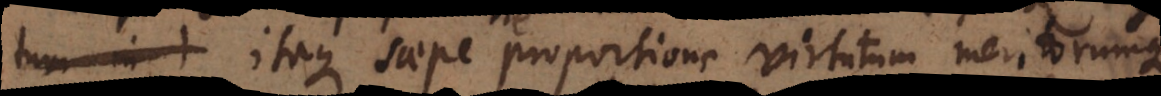
bent. Itaque saepe proportione virtutum meritorumque